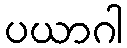
ပယာဂါ